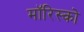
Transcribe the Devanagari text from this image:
मॉरिस्को